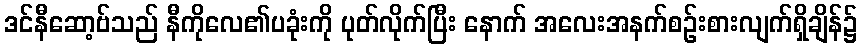
ဒင်နီဆော့ဗ်သည် နီကိုလေ၏ပခုံးကို ပုတ်လိုက်ပြီး နောက် အလေးအနက်စဉ်းစားလျက်ရှိချိန်၌